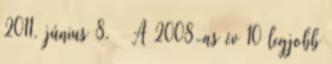
2011. június 8. ↑ A 2008-as év 10 legjobb